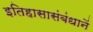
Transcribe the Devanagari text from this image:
इतिहासासंबंधानें